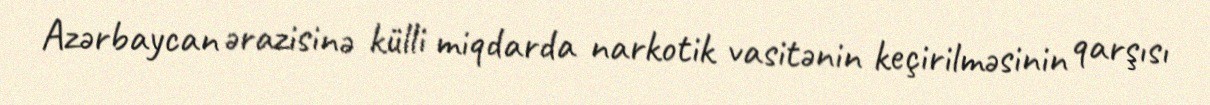
Azərbaycan ərazisinə külli miqdarda narkotik vasitənin keçirilməsinin qarşısı